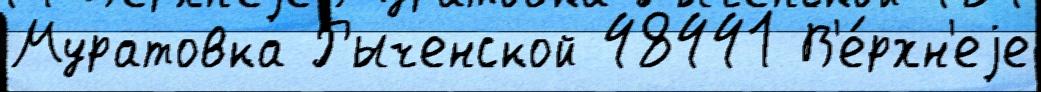
Муратовка Рыченской 48441 В'е́рхн'еjе